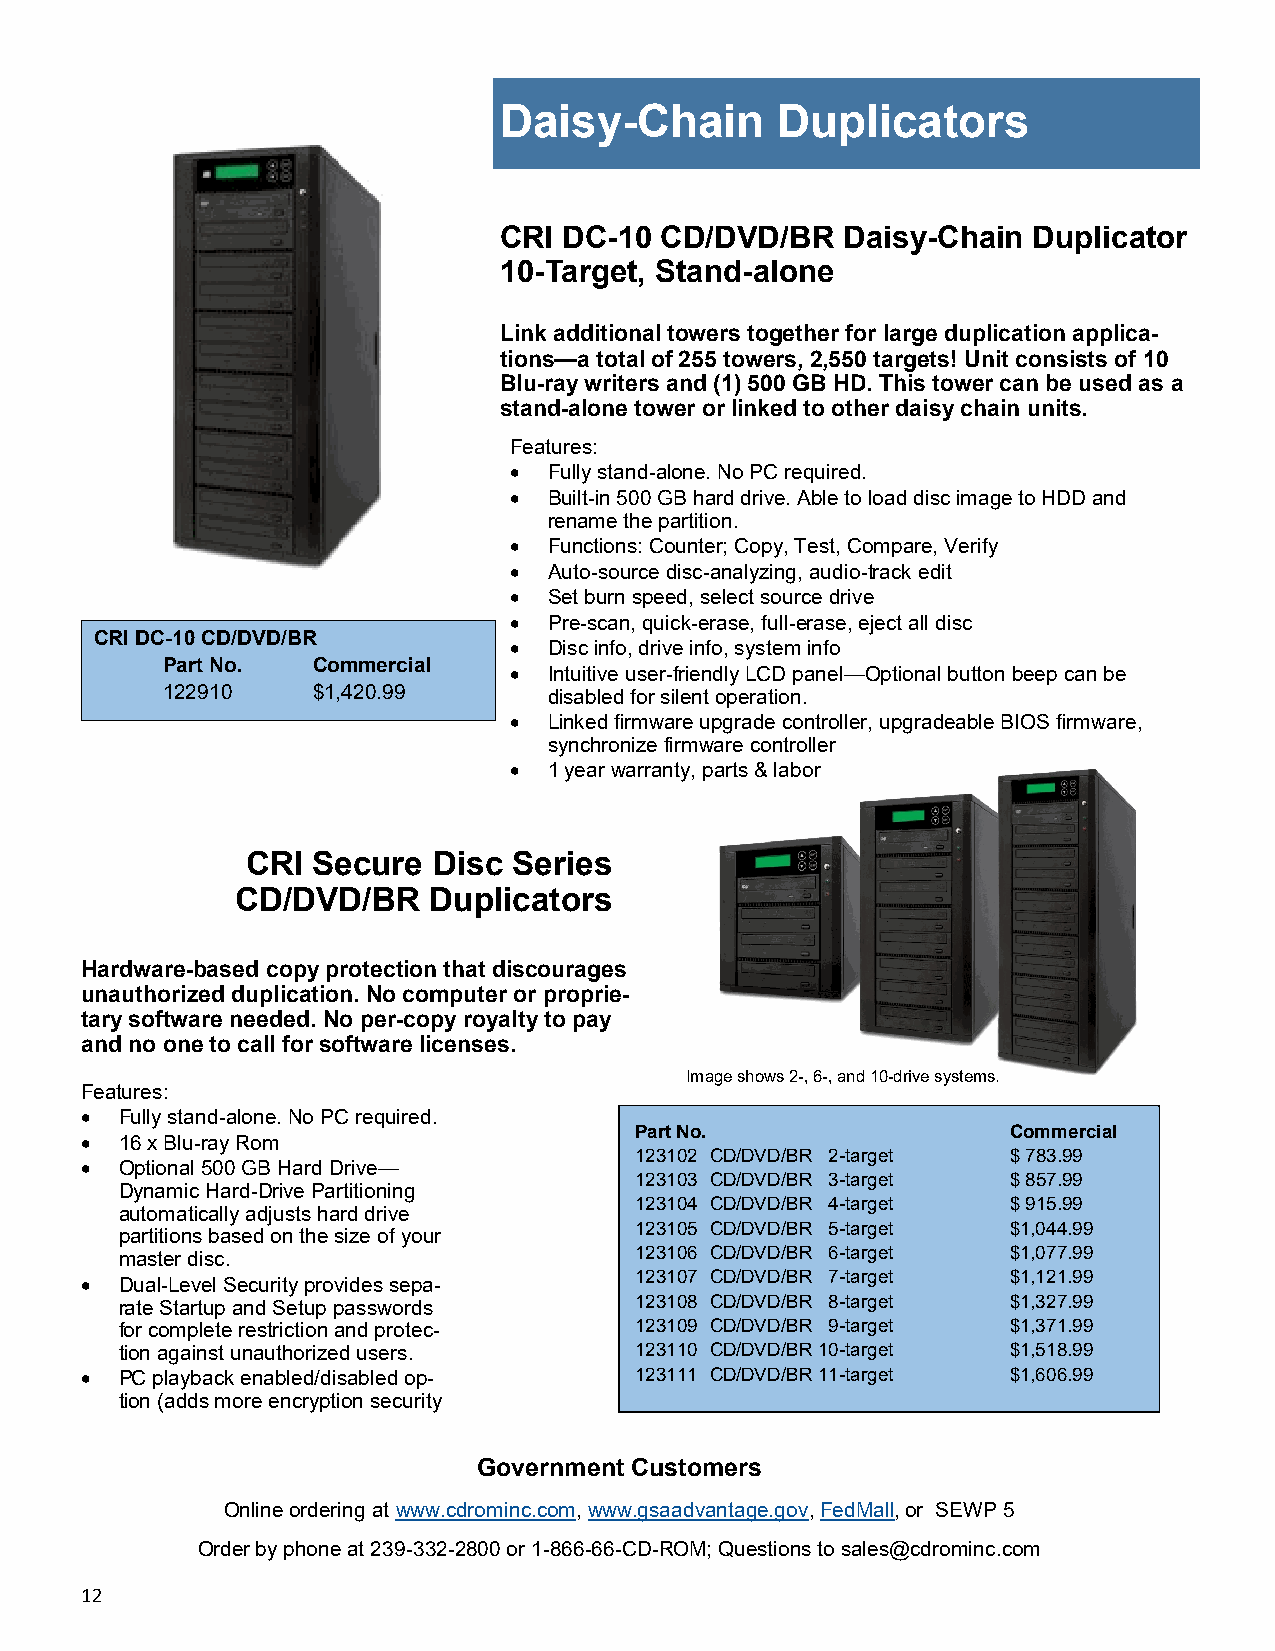
Daisy-Chain       Duplicators
 CRI DC-10  CD/DVD/BR   Daisy-Chain Duplicator
 10-Target, Stand-alone
 Link additional towers together for large duplication applica-
 tions—a total of 255 towers, 2,550 targets! Unit consists of 10
 Blu-ray writers and (1) 500 GB HD. This tower can be used as a
 stand-alone tower or linked to other daisy chain units.
 Features:
  Fully stand-alone. No PC required.
  Built-in 500 GB hard drive. Able to load disc image to HDD and
 rename the partition.
  Functions: Counter; Copy, Test, Compare, Verify
  Auto-source disc-analyzing, audio-track edit
  Set burn speed, select source drive
  Pre-scan, quick-erase, full-erase, eject all disc
 CRI DC-10 CD/DVD/BR
  Disc info, drive info, system info
 Part No.  Commercial
  Intuitive user-friendly LCD panel—Optional button beep can be
 122910    $1,420.99      disabled for silent operation.
  Linked firmware upgrade controller, upgradeable BIOS firmware,
 synchronize firmware controller
  1 year warranty, parts & labor
 CRI  Secure  Disc Series
 CD/DVD/BR   Duplicators
 Hardware-based copy protection that discourages
 unauthorized duplication. No computer or proprie-
 tary software needed. No per-copy royalty to pay
 and no one to call for software licenses.
 Image shows 2-, 6-, and 10-drive systems.
 Features:
   Fully stand-alone. No PC required.
 Part No.                 Commercial
   16 x Blu-ray Rom
 123102 CD/DVD/BR 2-target $ 783.99
   Optional 500 GB Hard Drive—
 123103 CD/DVD/BR 3-target $ 857.99
 Dynamic Hard-Drive Partitioning
 123104 CD/DVD/BR 4-target $ 915.99
 automatically adjusts hard drive
 123105 CD/DVD/BR 5-target $1,044.99
 partitions based on the size of your
 master disc.                      123106 CD/DVD/BR 6-target $1,077.99
 123107 CD/DVD/BR 7-target $1,121.99
   Dual-Level Security provides sepa-
 rate Startup and Setup passwords  123108 CD/DVD/BR 8-target $1,327.99
 for complete restriction and protec- 123109 CD/DVD/BR 9-target $1,371.99
 tion against unauthorized users.  123110 CD/DVD/BR 10-target $1,518.99
   PC playback enabled/disabled op-  123111 CD/DVD/BR 11-target $1,606.99
 tion (adds more encryption security
 Government Customers
 Online ordering at www.cdrominc.com, www.gsaadvantage.gov, FedMall, or SEWP 5
 Order by phone at 239-332-2800 or 1-866-66-CD-ROM; Questions to sales@cdrominc.com
 12